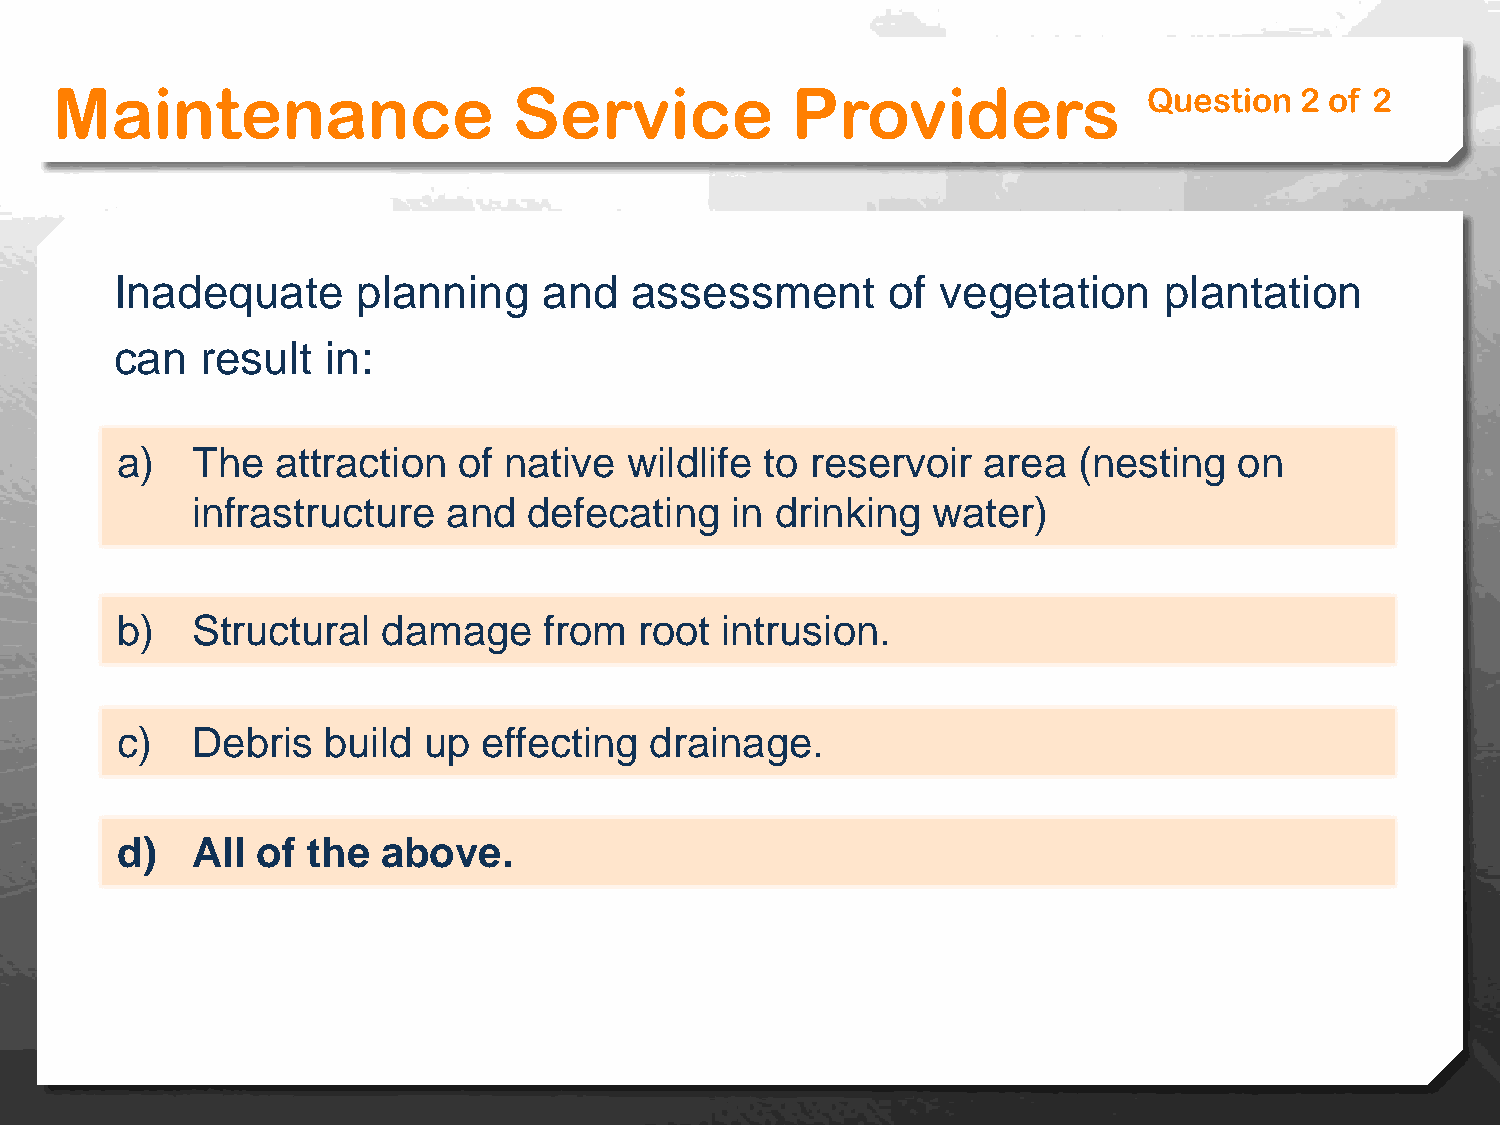
Maintenance                    Service           Providers               Question  2 of 2
 Inadequate      planning    and   assessment       of vegetation     plantation
 can  result   in:
 a)   The  attraction  of native   wildlife to reservoir  area  (nesting   on
 infrastructure   and  defecating   in drinking   water)
 b)   Structural  damage     from  root  intrusion.
 c)   Debris  build  up  effecting  drainage.
 d)   All of the  above.